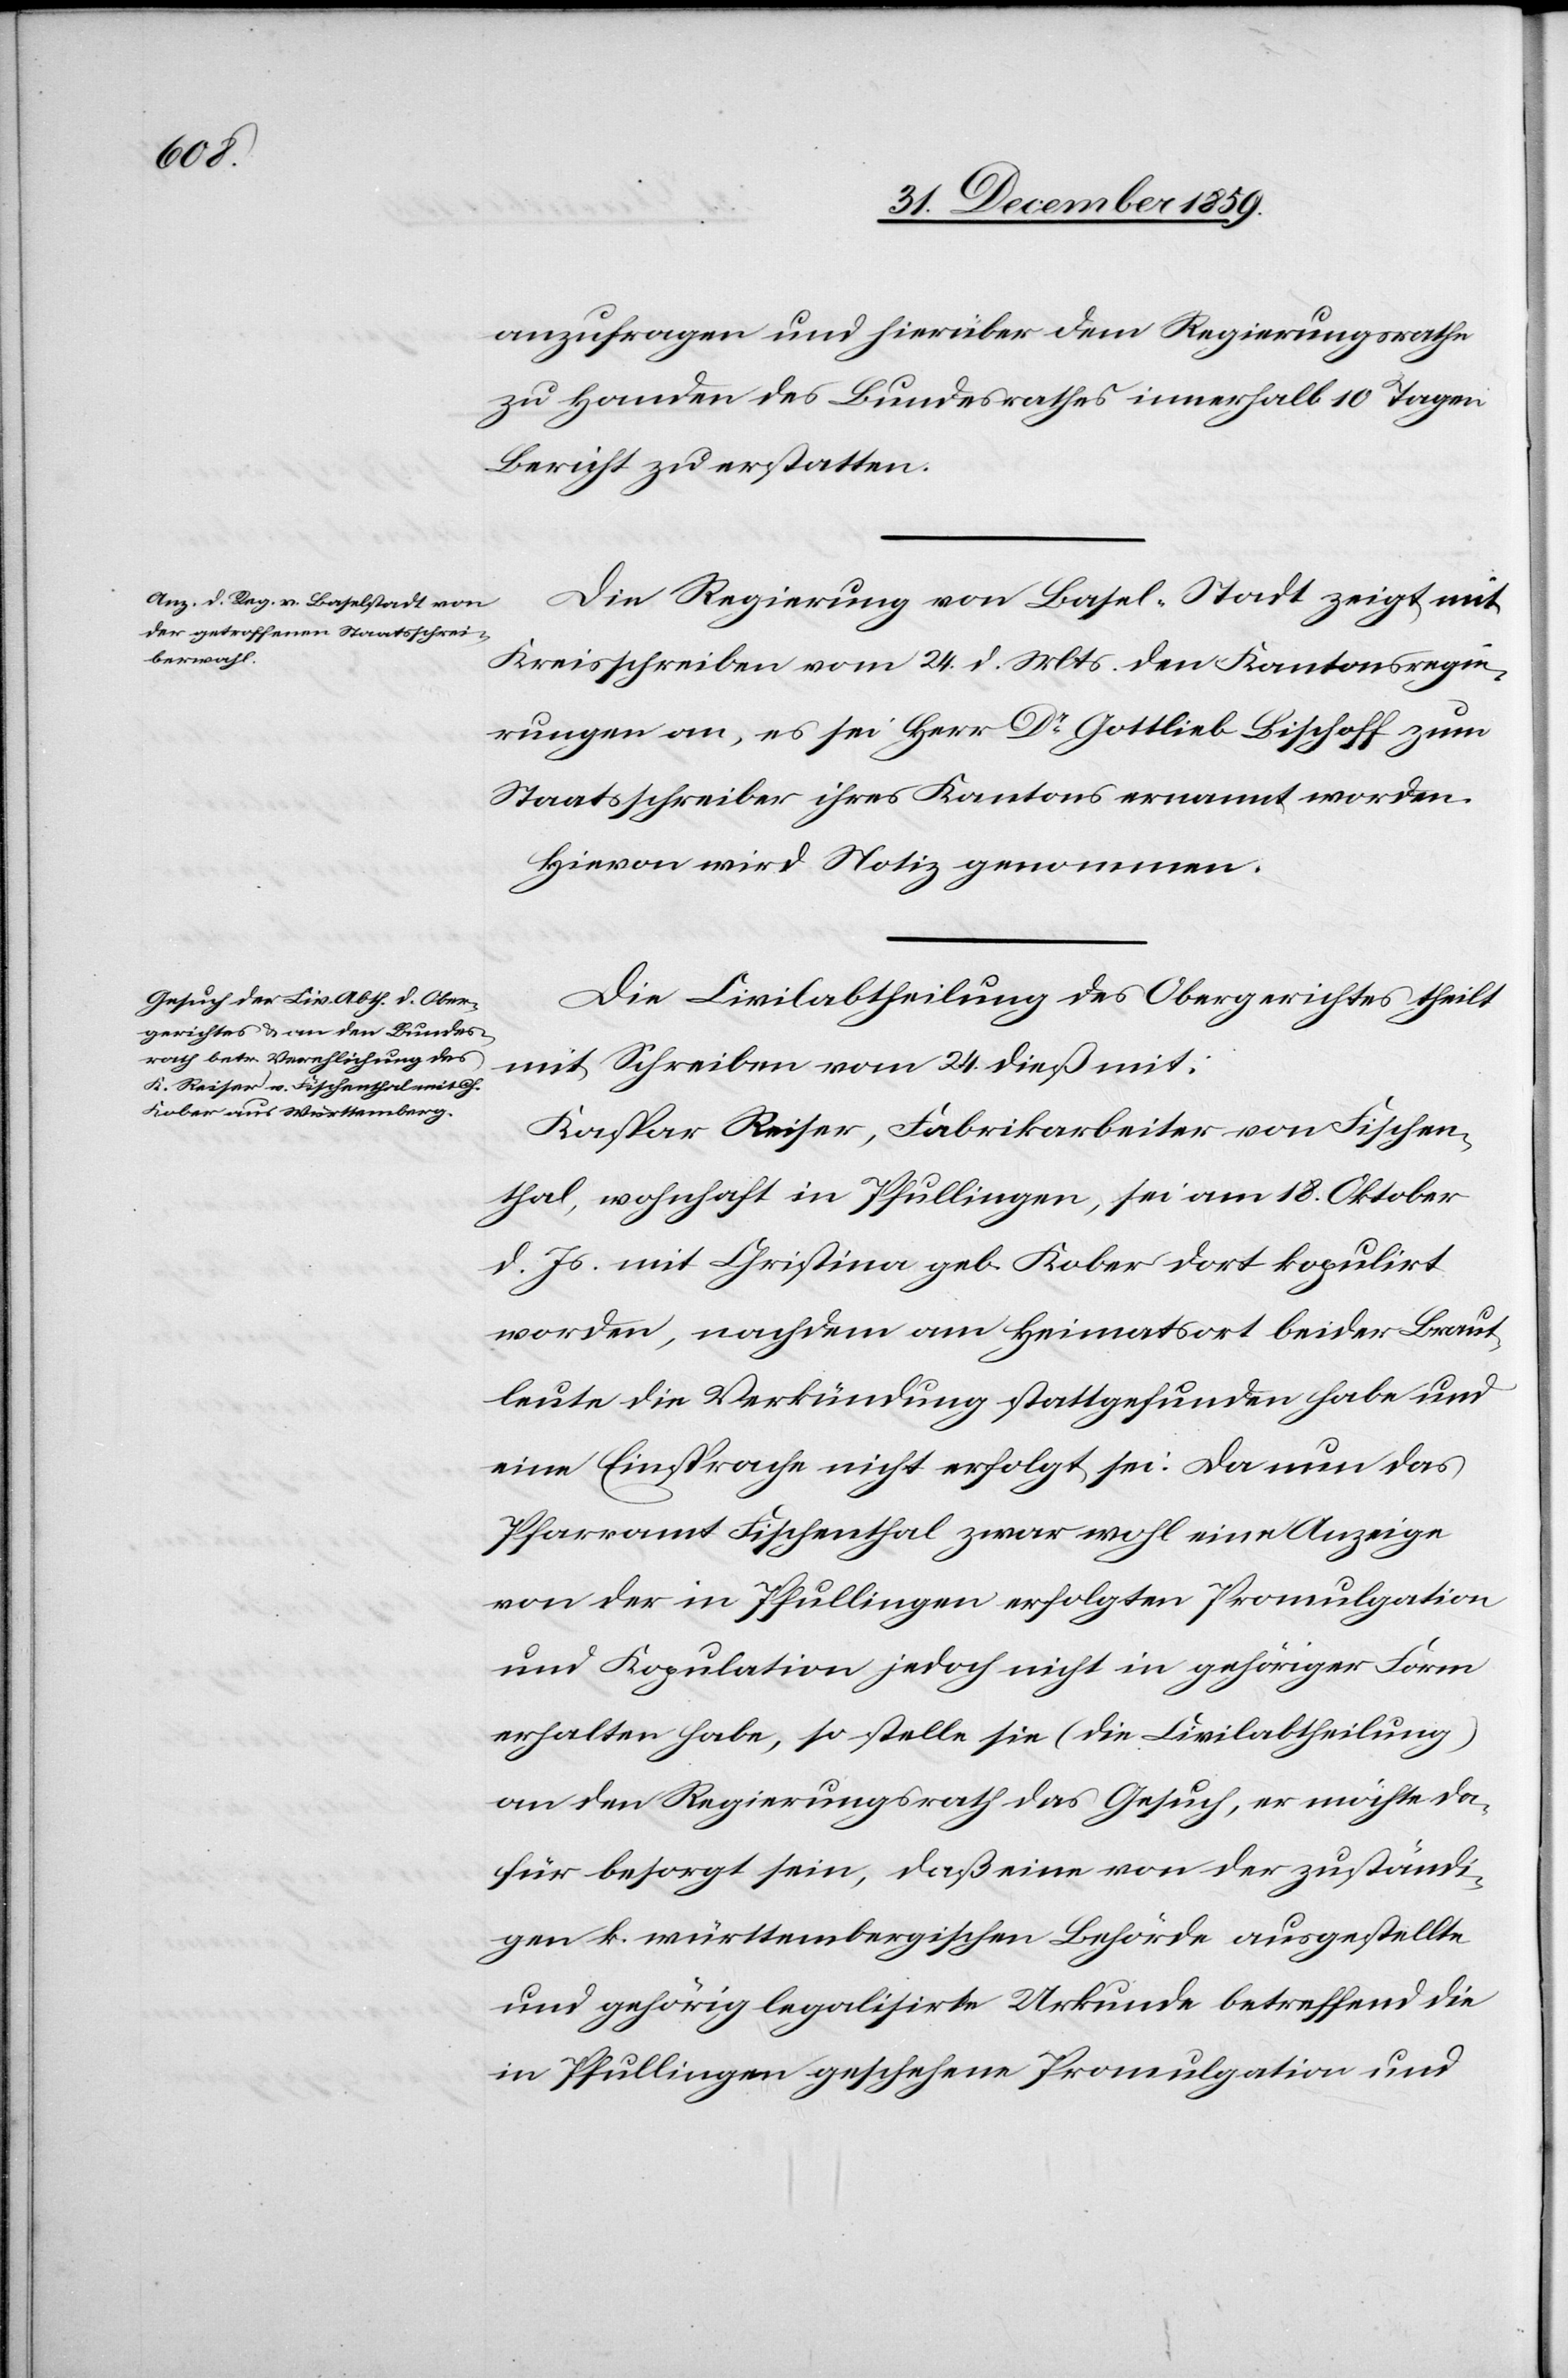
anzufragen und hierüber dem Regierungsrathe
zu Handen des Bundesrathes innerhalb 10 Tagen
Bericht zu erstatten.
Die Regierung von Basel-Stadt zeigt mit
Kreisschreiben vom 24. d. Mts. den Kantonsregie¬
rungen an, es sei Herr Dr Gottlieb Bischoff zum
Staatsschreiber ihres Kantons ernannt worden.
Hievon wird Notiz genommen.
Die Civilabtheilung des Obergerichtes theilt
mit Schreiben vom 24. dieß mit:
Kaspar Reiser, Fabrikarbeiter von Fischen¬
thal, wohnhaft in Pfullingen, sei am 18. Oktober
d. Js. mit Christina geb. Kober dort kopulirt
worden, nachdem am Heimatsort beider Braut¬
leute die Verkündung stattgefunden habe und
eine Einsprache nicht erfolgt sei. Da nun das
Pfarramt Fischenthal zwar wohl eine Anzeige
von der in Pfullingen erfolgten Promulgation
und Kopulation jedoch nicht in gehöriger Form
erhalten habe, so stelle sie (die Civilabtheilung)
an den Regierungsrath das Gesuch, er möchte da¬
für besorgt sein, daß eine von der zuständi¬
gen k. württembergischen Behörde ausgestellte
und gehörig legalisirte Urkunde betreffend die
in Pfullingen geschehene Promulgation und